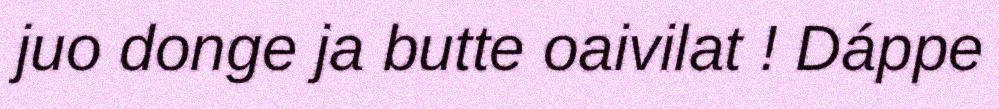
juo donge ja butte oaivilat ! Dáppe